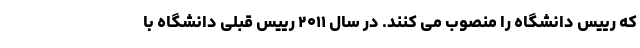
که رییس دانشگاه را منصوب می کنند. در سال ۲۰۱۱ رییس قبلی دانشگاه با